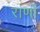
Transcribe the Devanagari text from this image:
राणों